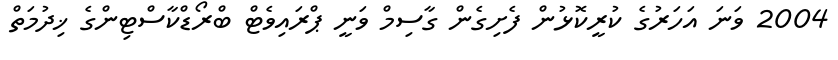
2004 ވަނަ އަހަރުގެ ކުރީކޮޅުން ފެށިގެން ގާސިމް ވަނީ ޕްރައިވެޓް ބްރޯޑްކާސްޓިންގެ ޚިދުމަތް